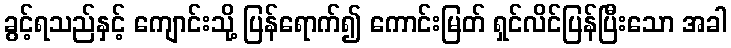
ခွင့်ရသည်နှင့် ကျောင်းသို့ ပြန်ရောက်၍ ကောင်းမြတ် ရှင်လိင်ပြန်ပြီးသော အခါ